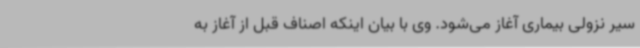
سیر نزولی بیماری آغاز می‌شود. وی با بیان اینکه اصناف قبل از آغاز به